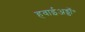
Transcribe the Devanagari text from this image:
हवाईअड्डॉ॰